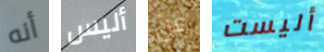
أنه أليس عن أليست